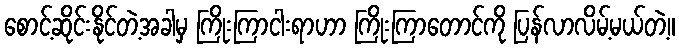
စောင့်ဆိုင်းနိုင်တဲ့အခါမှ ကြိုးကြာငါးရာဟာ ကြိုးကြာတောင်ကို ပြန်လာလိမ့်မယ်တဲ့။